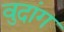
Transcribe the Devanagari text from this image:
वुदांग